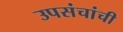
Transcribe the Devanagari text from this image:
उपसंचांची